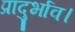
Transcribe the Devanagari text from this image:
प्रादुर्भाव।